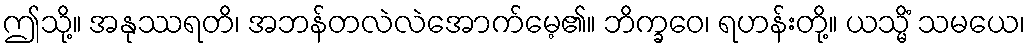
ဤသို့။ အနုဿရတိ၊ အဘန်တလဲလဲအောက်မေ့၏။ ဘိက္ခဝေ၊ ရဟန်းတို့။ ယသ္မိံ သမယေ၊